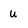
Character: u